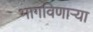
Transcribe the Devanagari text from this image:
भागविणाऱ्या